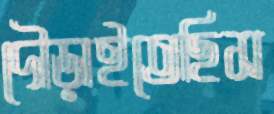
দৌড়াইতেছিস